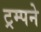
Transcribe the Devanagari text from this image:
ट्रम्पने